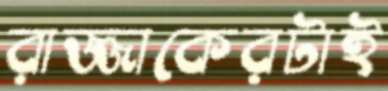
রাজ্জাকেরটাই